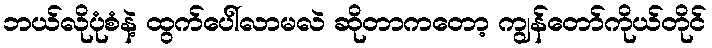
ဘယ်လိုပုံစံနဲ့ ထွက်ပေါ်လာမလဲ ဆိုတာကတော့ ကျွန်တော်ကိုယ်တိုင်